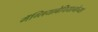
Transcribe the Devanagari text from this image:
मॅग्लियाबेचियानोच्या